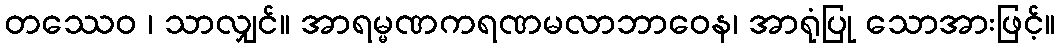
တဿေဝ ၊ သာလျှင်။ အာရမ္မဏကရဏမလာဘာဝေန၊ အာရုံပြု သောအားဖြင့်။